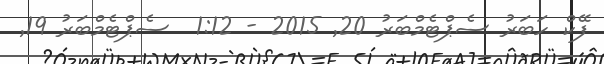
ފޭކް ހަބަރު ސެޕްޓެމްބަރު 20